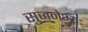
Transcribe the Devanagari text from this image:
सुजनेभ्यः